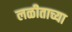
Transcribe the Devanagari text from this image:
लळीताच्या